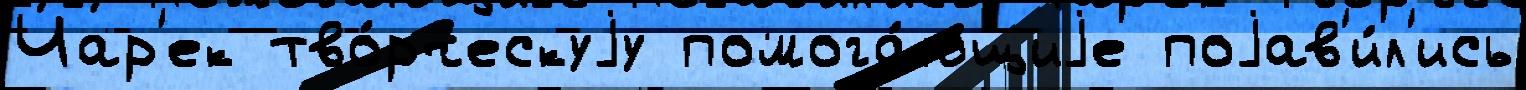
Чар'ек тво́рческуjу помога́ющиjе поjав'и́л'ись